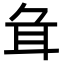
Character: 𦔰